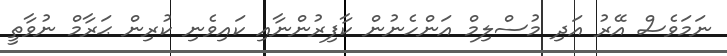
ނަމަވެސް އޭރު އަދި މުސްލިމް އަންހެނުން ކާފިރުންނާއި ކައިވެނި ކުރިން ޙަރާމް ނުވާތީ